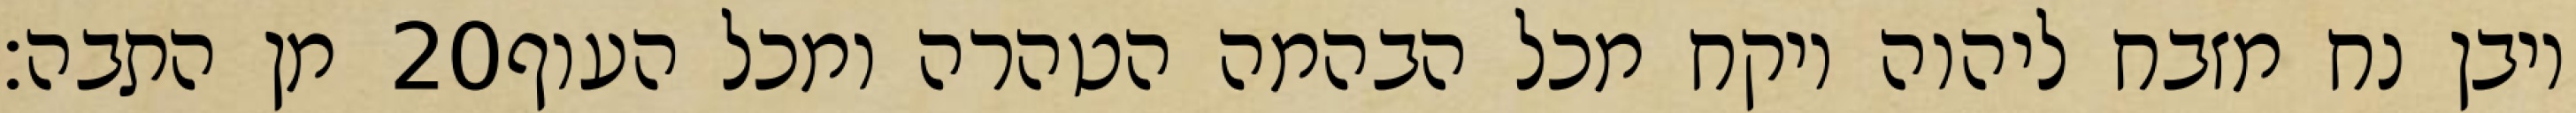
מן התבה׃ ‎20‏ ויבן נח מזבח ליהוה ויקח מכל הבהמה הטהרה ומכל העוף